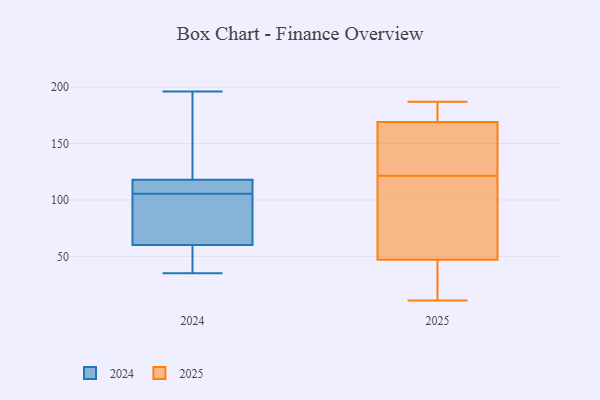
{"axis": {"x": "Population (Million)", "y": "Value"}, "legend": ["2024", "2025"], "data": [{"x": "", "y": 11, "type": "2025"}, {"x": "", "y": 35, "type": "2025"}, {"x": "", "y": 47, "type": "2025"}, {"x": "", "y": 169, "type": "2025"}, {"x": "", "y": 19, "type": "2025"}, {"x": "", "y": 174, "type": "2025"}, {"x": "", "y": 152, "type": "2025"}, {"x": "", "y": 168, "type": "2025"}, {"x": "", "y": 68, "type": "2025"}, {"x": "", "y": 144, "type": "2025"}, {"x": "", "y": 187, "type": "2025"}, {"x": "", "y": 99, "type": "2025"}, {"x": "", "y": 170, "type": "2025"}, {"x": "", "y": 91, "type": "2025"}, {"x": "", "y": 101, "type": "2024"}, {"x": "", "y": 35, "type": "2024"}, {"x": "", "y": 61, "type": "2024"}, {"x": "", "y": 60, "type": "2024"}, {"x": "", "y": 118, "type": "2024"}, {"x": "", "y": 138, "type": "2024"}, {"x": "", "y": 52, "type": "2024"}, {"x": "", "y": 112, "type": "2024"}, {"x": "", "y": 110, "type": "2024"}, {"x": "", "y": 196, "type": "2024"}]}